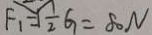
F _ { 1 } = 1 \frac { 1 } { 2 } G = 8 0 N